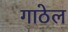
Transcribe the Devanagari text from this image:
गाठेल